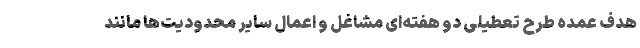
هدف عمده طرح تعطیلی دو هفته‌ای مشاغل و اعمال سایر محدودیت‌ها مانند